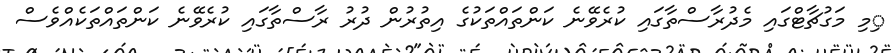
ިމި މަގުޗާޓްގައި މެދުރާސްތާގައި ކުރެވޭނެ ކަންތައްތަކުގެ އިތުރުން ދުރު ރާސްތާގައި ކުރެވޭނެ ކަންތައްތަކެއްވެސް